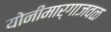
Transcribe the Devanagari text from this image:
योनीमार्गाजवळ